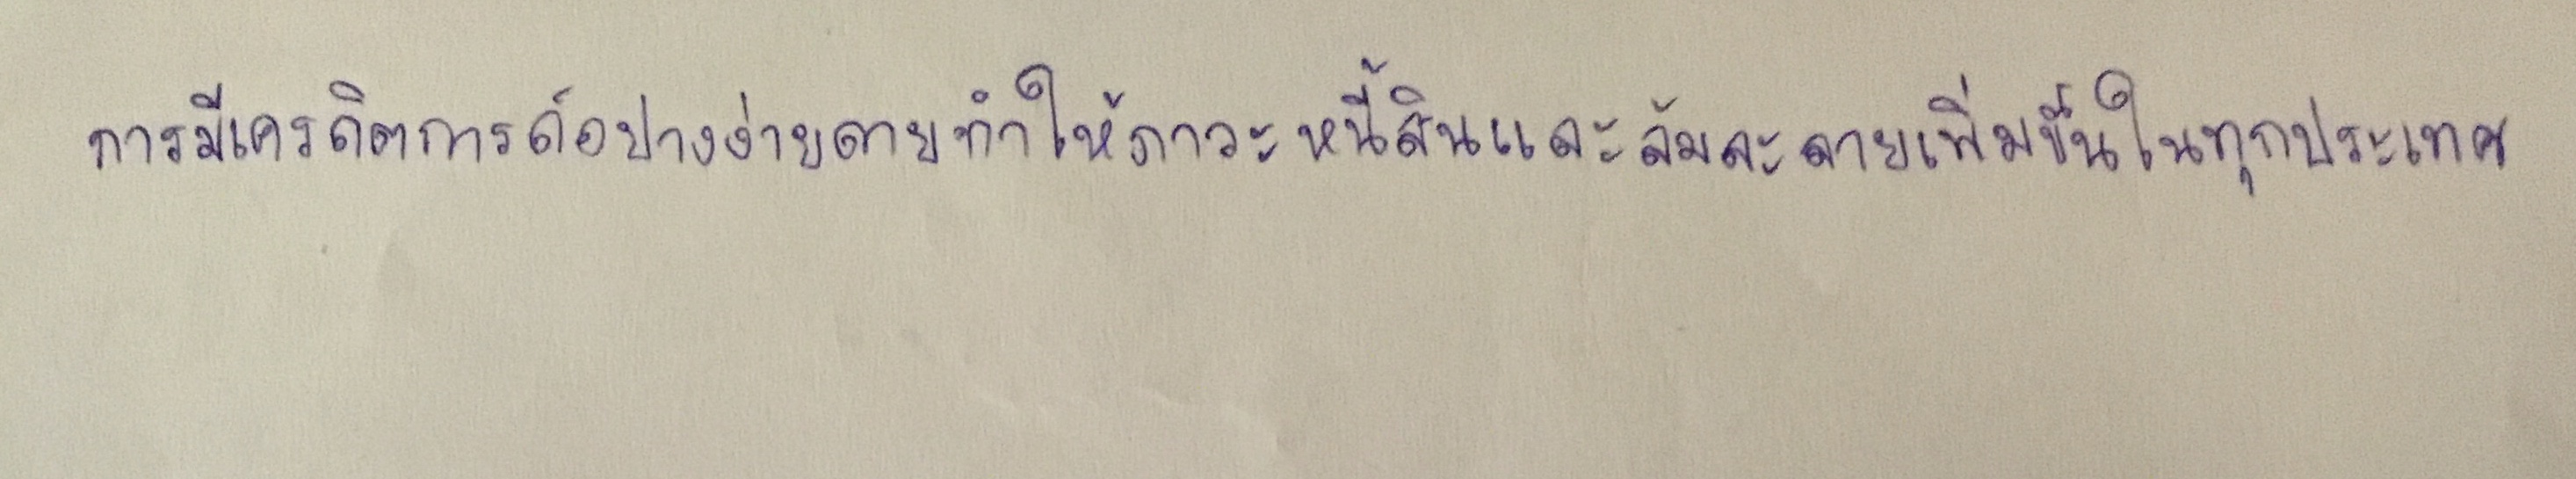
การมีเครดิตการ์ดอย่างง่ายดายทำให้ภาวะหนี้สินและล้มละลายเพิ่มขึ้นในทุกประเทศ